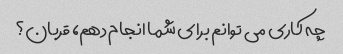
چه کاری می توانم برای شما انجام دهم، قربان؟